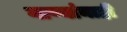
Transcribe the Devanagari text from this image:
गाण्यांनाही